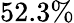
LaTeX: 52.3\%